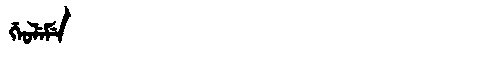
Manchu: ᡤᡝᠣᠯᡝᠮᡝ
Romanization: GEOLEME